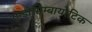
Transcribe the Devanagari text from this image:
एन्डोसिम्बायोटिक